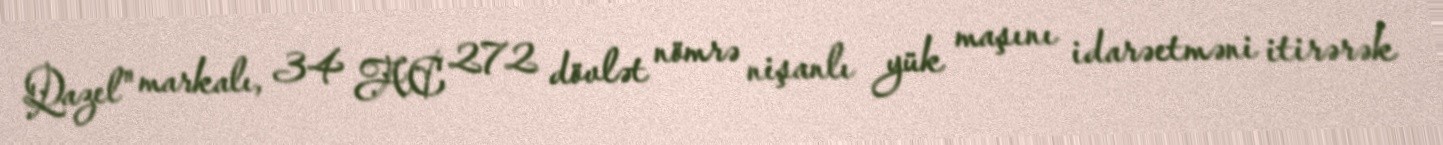
Qazel" markalı, 34 AC 272 dövlət nömrə nişanlı yük maşını idarəetməni itirərək